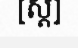
[ស្ត]